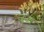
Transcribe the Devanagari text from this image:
ज़ुज़ा